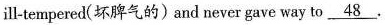
ill-tempered(坏脾气的)and never gave way to \underline{48}.